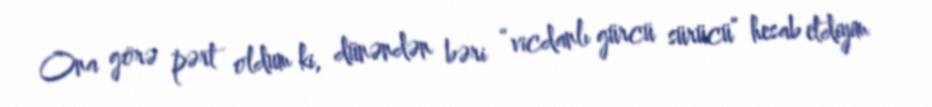
Ona görə pərt oldum ki, dünəndən bəri “vicdanlı gürcü sürücü” hesab etdiyim